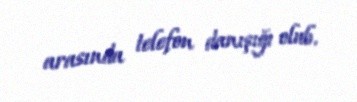
arasında telefon danışığı olub.